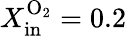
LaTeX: X_{\mathrm{in}}^{\mathrm{O_{2}}}=0.2